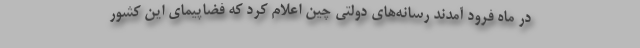
در ماه فرود آمدند رسانه‌های دولتی چین اعلام کرد که فضاپیمای این کشور